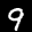
Label: 9